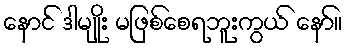
နောင် ဒါမျိုး မဖြစ်စေရဘူးကွယ် နော်။